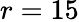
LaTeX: r=15